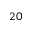
2 0